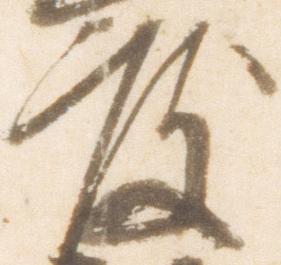
度